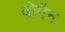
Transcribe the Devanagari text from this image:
वोमैन